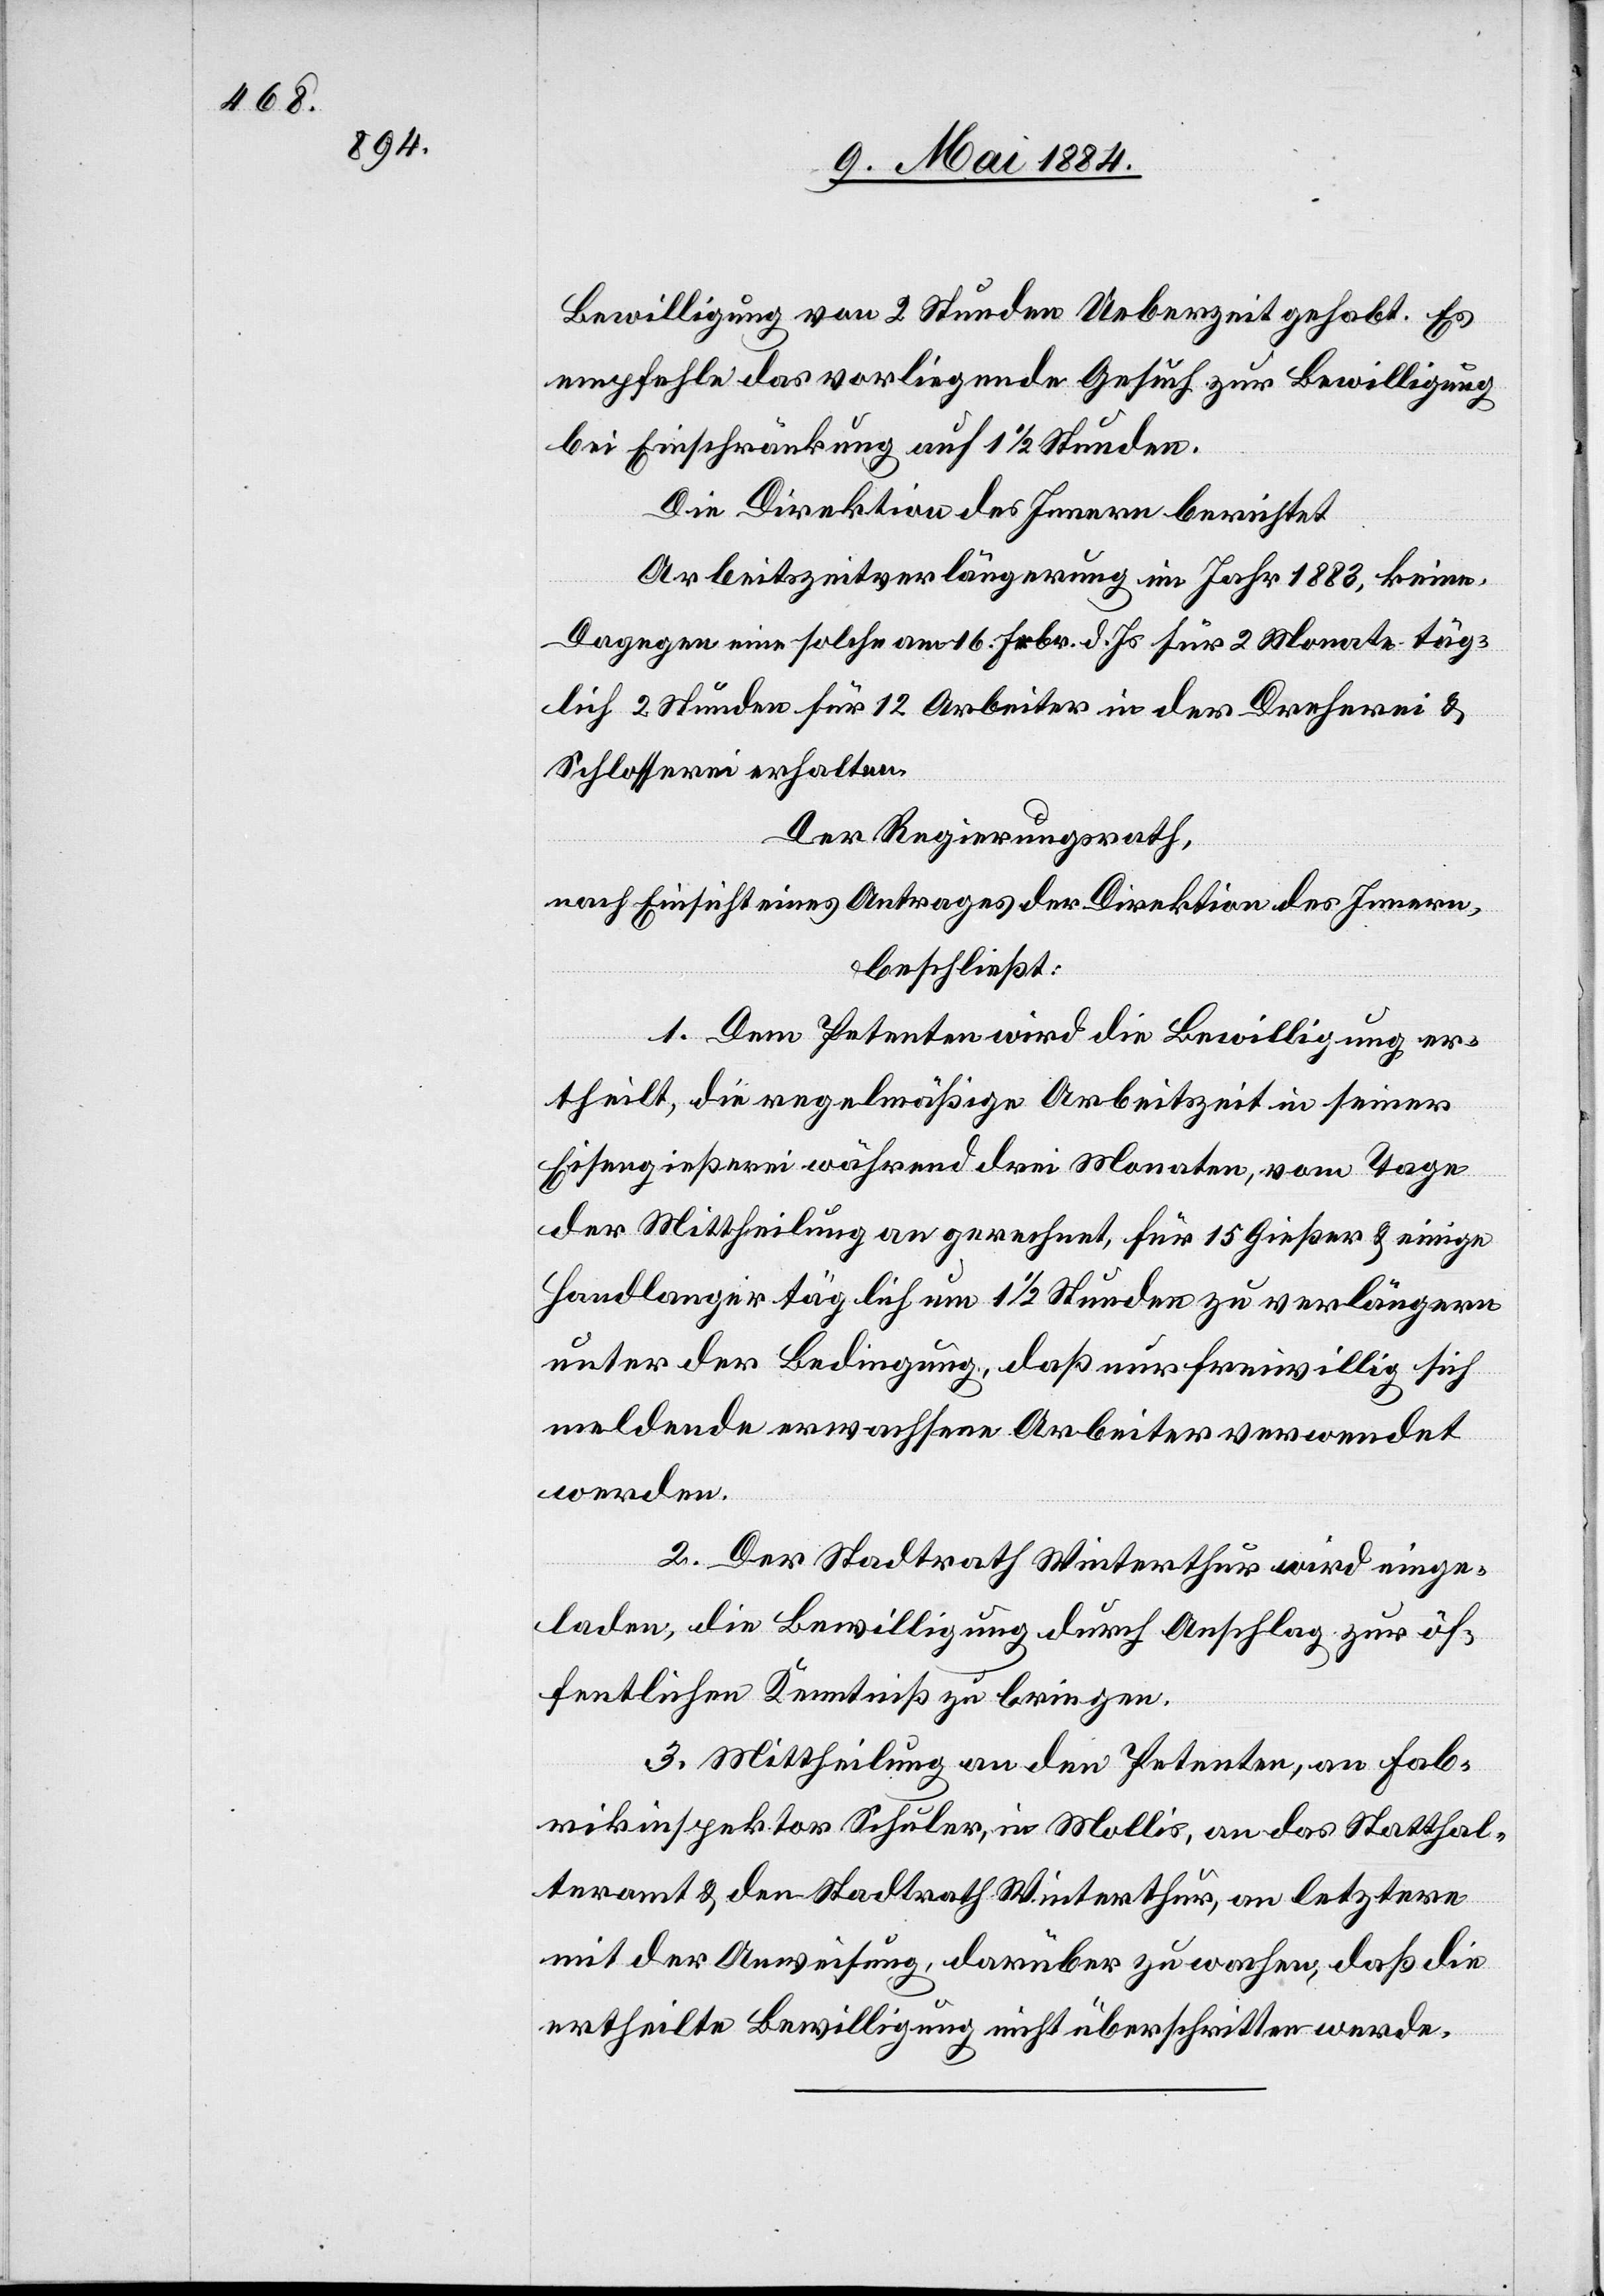
Bewilligung von 2 Stunden Ueberzeit gehabt. Es
empfehle das vorliegende Gesuch zu Bewilligung
bei Einschränkung auf 1 1/2 Stunden.
Die Direktion des Innern berichtet:
Arbeitszeitverlängerung im Jahr 1883, keine.
Dagegen eine solche am 16. Febr. d. Js. für 2 Monat täg¬
lich 2 Stunden für 12 Arbeiter in der Dreherei &
Schlosserei erhalten.
Der Regierungsrath,
nach Einsicht eines Antrages der Direktion des Innern,
beschließt:
1. Dem Petenten wird die Bewilligung er¬
theilt, die regelmäßigte Arbeitszeit in seiner
Eisengießerei während drei Monaten, vom Tage
der Mittheilung an gerechnet, für 15 Gießer & einige
Handlanger täglich um 1 1/2 Stunden zu verlängern
unter der Bedingung, daß nur freiwillig sich
meldende erwachsene Arbeiter verwendet
werden.
2. Der Stadtrath Winterthur wird einge¬
laden, die Bewilligung durch Anschlag zur öf¬
fentlichen Kenntniß zu bringen.
3. Mittheilung an den Petenten, an Fab¬
rikinspektor Schuler, in Mollis, an das Statthal¬
teramt & den Stadtrath Winterthur, an letztern
mit der Anweisung, darüber zu wachen, daß die
ertheilte Bewilligung nicht überschritten werde.